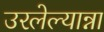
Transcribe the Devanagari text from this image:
उरलेल्यान्ना